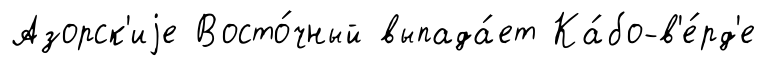
Азорск'иjе Восто́чный выпада́ет Ка́бо-в'е́рд'е